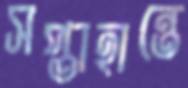
সপ্তাহান্তে